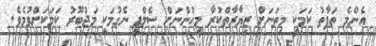
އެންމެ ތަފާތު ކަމަކީ މިތަނަށް ޒިޔާރާތްކުރާ މީހުންނަށް ސެލްފީ ނެގުމަކީ މަޖުބޫރު ކަމަކަށްވުމެވެ.